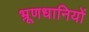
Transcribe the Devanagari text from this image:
भ्रूणधानियों